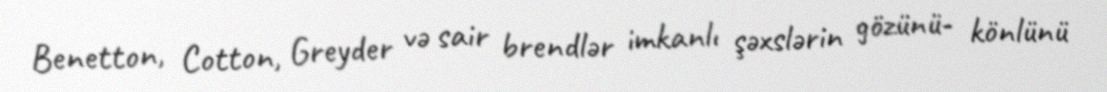
Benetton, Cotton, Greyder və sair brendlər imkanlı şəxslərin gözünü- könlünü